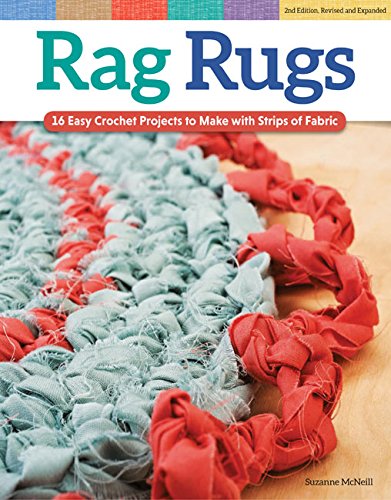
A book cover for Rag Rugs, Revised Edition: 16 Easy Crochet Projects to Make with Strips of Fabric; Suzanne McNeill; Crafts, Hobbies & Home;